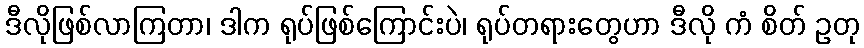
ဒီလိုဖြစ်လာကြတာ၊ ဒါက ရုပ်ဖြစ်ကြောင်းပဲ၊ ရုပ်တရားတွေဟာ ဒီလို ကံ စိတ် ဥတု